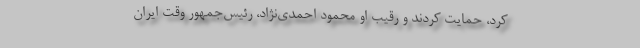
کرد، حمایت کردند و رقیب او محمود احمدی‌نژاد، رئیس‌جمهور وقت ایران